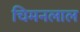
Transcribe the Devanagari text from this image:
चिमनलाल